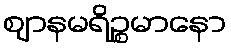
ဈာနမရိဉ္စမာနော